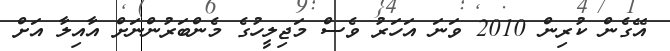
އޭގެން ކުރިން 2010 ވަނަ އަހަރު ވެސް މަޖިލީހުގެ މެންބަރުންނަށް އާއިލާ އަށް